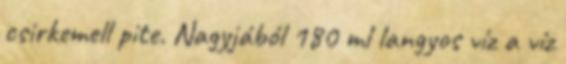
csirkemell pite. Nagyjából 180 ml langyos víz a víz